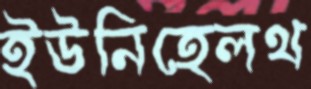
ইউনিহেলথ